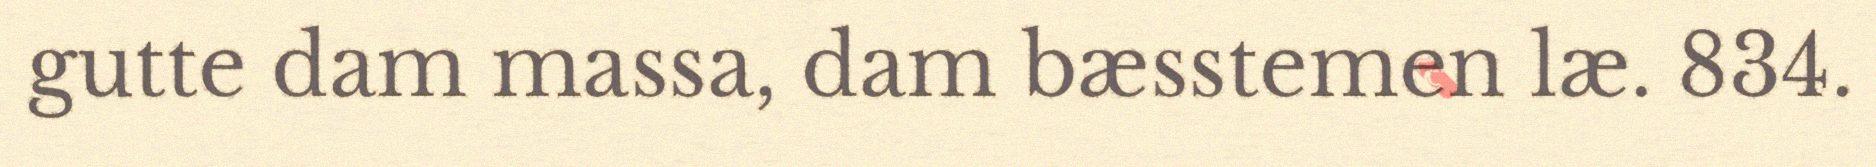
gutte dam massa, dam bæsstemen læ. 834.